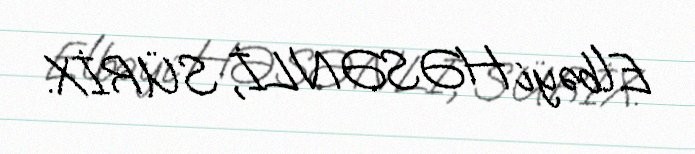
Elbəyi HƏSƏNLİ, SÜRİX.